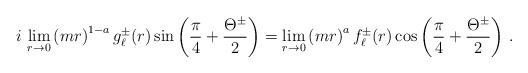
LaTeX: \begin{align*}i\,\lim_{r\rightarrow 0}\left(m r\right)^{1-a} g_{\ell}^{\pm}(r)\sin\left(\frac{\pi}{4}+\frac{\Theta^{\pm}}{2}\right)=\lim_{r\rightarrow 0}\left(m r\right)^{a} f_{\ell}^{\pm}(r)\cos\left(\frac{\pi}{4}+\frac{\Theta^{\pm}}{2}\right)\,.\end{align*}